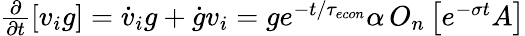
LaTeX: \begin{array}{r}{\frac{\partial}{\partial t}[v_{i}g]=\dot{v}_{i}g+\dot{g}v_{i}=ge^{-t/{\tau_{econ}}}\alpha\, O_{n}\left[e^{-\sigma t}A\right]}\end{array}